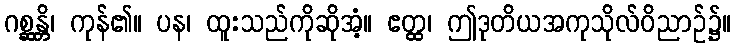
ဂစ္ဆန္တိ၊ ကုန်၏။ ပန၊ ထူးသည်ကိုဆိုအံ့။ ဧတ္ထ၊ ဤဒုတိယအကုသိုလ်ဝိညာဉ်၌။